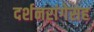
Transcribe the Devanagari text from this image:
दर्शनरांगेसह